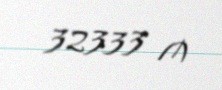
32333 ₼